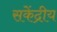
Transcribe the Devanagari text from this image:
सकेंद्रीय